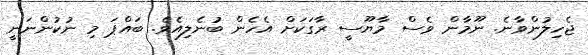
ޖެހިލުންވާނެ. ނޫމާން ވެސް މާޔޫސީ ރާގަކަށް އެހެން ބުުނެލިއެވެ. ބައްޕަ މި ނުކުންނަނީ